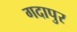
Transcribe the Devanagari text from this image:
गदापुर